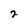
Character: 2